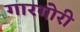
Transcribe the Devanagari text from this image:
गारगोरी